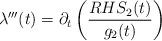
LaTeX: \begin{align*} \lambda'''(t) = \partial_{t}\left(\frac{RHS_{2}(t)}{g_{2}(t)}\right)\end{align*}